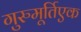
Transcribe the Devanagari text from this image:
गुरुमूर्तिएक